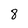
Character: 8